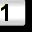
Digit: 1